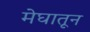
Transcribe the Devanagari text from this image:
मेघातून